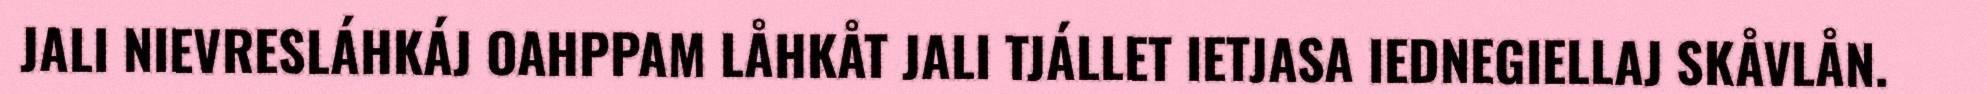
JALI NIEVRESLÁHKÁJ OAHPPAM LÅHKÅT JALI TJÁLLET IETJASA IEDNEGIELLAJ SKÅVLÅN.